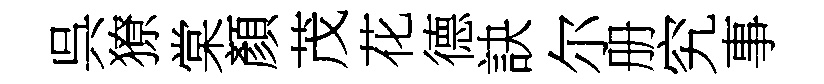
呉獠棠顏茂花德訣尔册究事